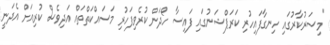
"މިސަރުކާރުގައި ހިނގާފައިހުރި ކަރަޕްޝަނުގައި ފައިސާ ހޯދަން ކުރެވިފަހުރި މަސައްކަތްތައް އަދިވެސް ކުރިއަށް އެދަނީ